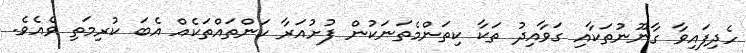
ހެދިފައިވާ ގާނޫނުތަކާއި ގަވާއިދު ތަކާ ކިތަންމެތަނަކުން ފުށުއަރާ ކަންތައްތަކެއް އެބަ ކުރިމަތި ވެއެވެ.